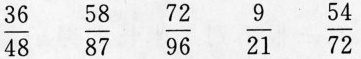
\frac{36}{48} \frac{58}{87} \frac{72}{96} \frac{9}{21} \frac{54}{72}